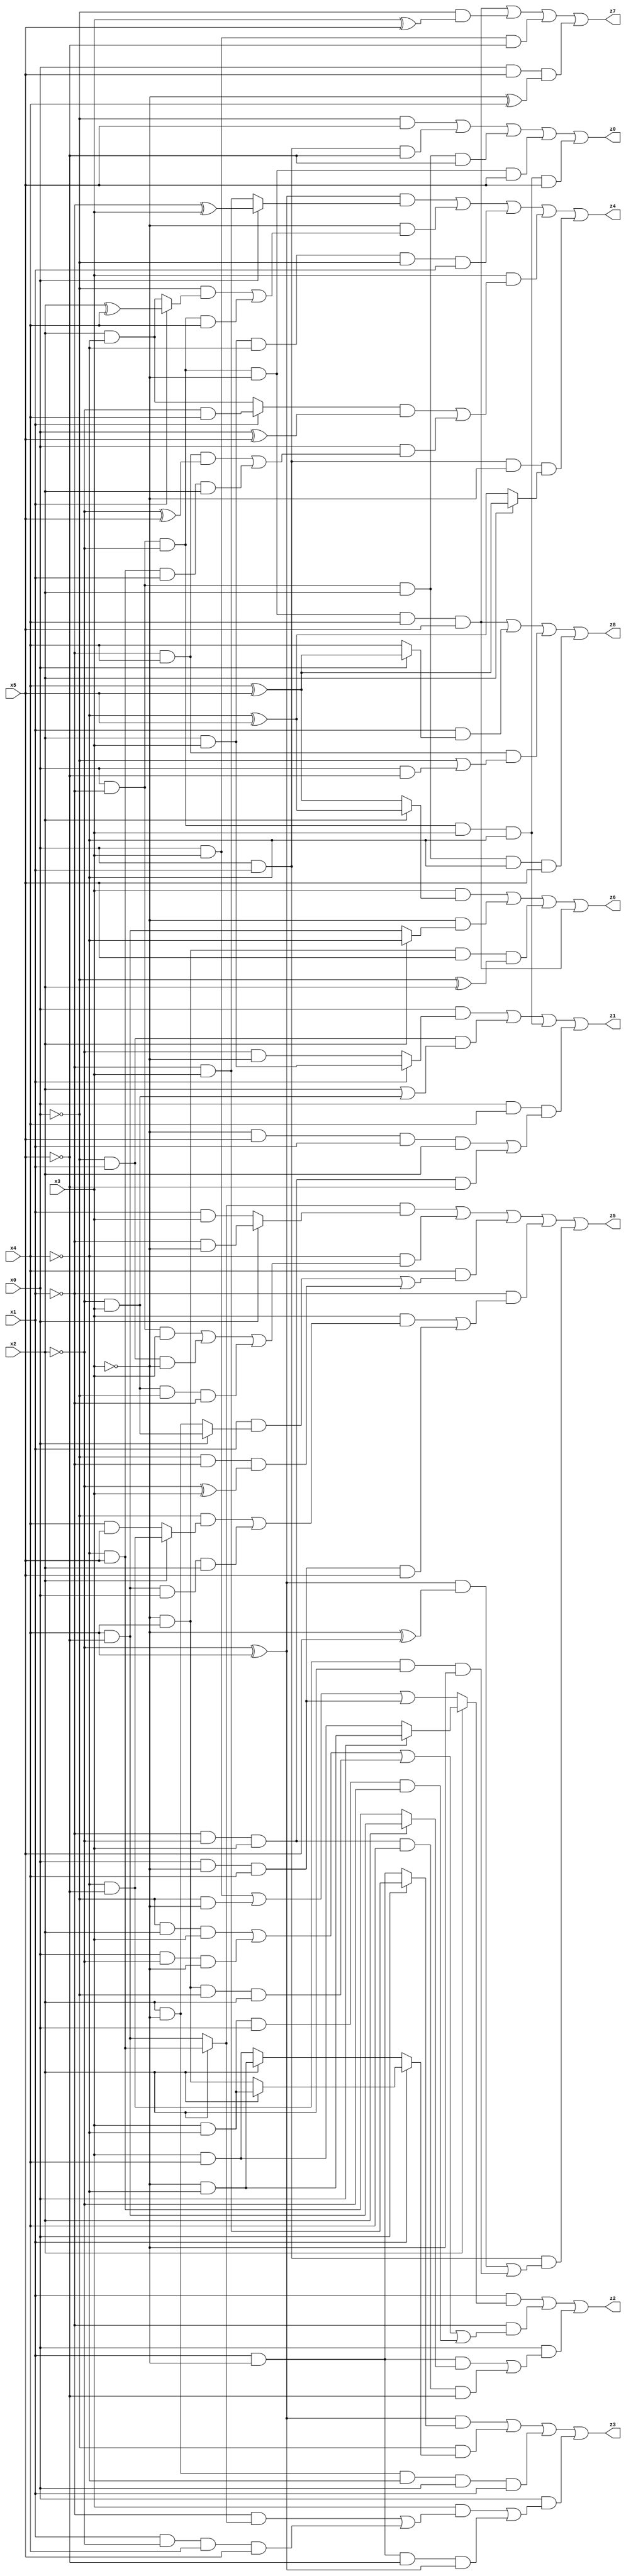
// Benchmark "X_32" written by ABC on Mon Jun 05 23:01:43 2023

module X_32 ( 
    x0, x1, x2, x3, x4, x5,
    z0, z1, z2, z3, z4, z5, z6, z7, z8  );
  input  x0, x1, x2, x3, x4, x5;
  output z0, z1, z2, z3, z4, z5, z6, z7, z8;
  assign z0 = (~x0 & x5) | (x0 & x1 & ~x5) | (x0 & ~x1 & x2 & ~x5) | (x0 & ~x1 & ~x2 & ~x3 & x5) | (x0 & ~x1 & ~x2 & x3 & ~x4 & x5);
  assign z1 = (x0 & (x1 ? (x2 & x3) : (~x2 & ~x3))) | (~x0 & x1 & (x2 | (~x2 & x3))) | (x0 & ~x1 & ~x2 & x3 & ~x4) | (x0 & x4 & ((~x3 & x5 & x1 & x2) | (~x1 & ~x2 & x3 & ~x5)));
  assign z2 = (x1 & (x2 ? (x0 ? (~x3 & ~x4) : (x3 & x4)) : ((x0 & x3) | (~x0 & ~x3) | (x0 & ~x3 & x4)))) | (~x1 & ((~x0 & x2 & x3) | (x0 & ~x2 & ~x3) | (~x3 & x4 & ~x0 & x2) | (x3 & ~x4 & x0 & ~x2))) | (x0 & ((x1 & ~x3 & (x2 ? (x4 & ~x5) : (~x4 & x5))) | (~x1 & ~x2 & x3 & x4 & ~x5)));
  assign z3 = ((~x2 ^ x4) & (x0 ? (~x1 & x3) : (x1 & ~x3))) | (~x0 & (x1 ? (x2 ? (x3 & ~x4) : (~x3 & x4)) : (x2 ? (~x3 & ~x4) : (x3 & x4)))) | (x2 & ~x3 & ~x4 & x0 & x1) | (x0 & ((x3 & ((~x1 & (x2 ? (~x4 & x5) : (x4 & ~x5))) | (x1 & ~x2 & x4 & x5))) | (x1 & ~x3 & ~x5 & (~x2 ^ x4))));
  assign z4 = ((~x2 ^ x4) & (x0 ? (~x1 ^ x3) : (~x1 & x3))) | (~x3 & ((~x0 & (x1 ? (x2 ^ x4) : (x2 & ~x4))) | (x0 & ~x1 & ~x2 & x4))) | (x2 & x3 & ~x4 & ~x0 & x1) | (x3 & (((x1 ? (~x2 & x4) : (x2 & ~x4)) & (x0 ^ x5)) | (x0 & ((~x1 & x4 & (~x2 ^ x5)) | (~x4 & x5 & x1 & x2))))) | (x0 & x1 & ~x3 & (x2 ? (x4 ^ x5) : (~x4 ^ x5)));
  assign z5 = ((x2 ? (~x4 & x5) : (x4 & ~x5)) & (x0 ? (~x1 & ~x3) : (x1 & x3))) | (~x4 & ((x0 & ~x1 & x3) | (~x0 & x1 & ~x3) | (~x2 & x3 & ~x0 & ~x1))) | (x4 & ((x1 & (x0 ? (~x2 & x3) : (x2 & ~x3))) | (~x0 & ~x1 & (~x2 ^ x3)))) | (~x1 & ((x3 & ((~x0 & (x2 ? (~x4 & ~x5) : (x4 & x5))) | (x4 & ~x5 & x0 & x2))) | (x0 & ~x3 & x4 & x5))) | (x0 & x1 & (((~x2 ^ x4) & (~x3 ^ x5)) | (~x4 & ~x5 & x2 & ~x3)));
  assign z6 = (x3 & (x2 ? (~x4 ^ x5) : (x4 ^ x5))) | (~x3 & (x2 ? ~x4 : (x4 & ~x5))) | (~x3 & x4 & x5 & (~x0 ^ x2)) | (x0 & ~x1 & ~x2 & ~x3 & x4 & x5);
  assign z7 = (x0 & ~x1 & ~x2 & ~x3 & x4 & x5) | (~x0 & (x3 ^ x5)) | (x0 & x3 & ~x5) | (x0 & x5 & (~x3 ^ x4));
  assign z8 = (x0 & ~x1 & ~x2 & ~x3 & x4 & x5) | (x1 & (x0 ? (x4 ^ x5) : x4)) | (~x1 & x4 & (~x0 | (x0 & ~x5))) | (x0 & ~x1 & x2 & ~x4 & x5);
endmodule